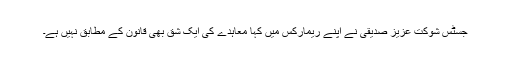
جسٹس شوکت عزیز صدیقی نے اپنے ریمارکس میں کہا معاہدے کی ایک شق بھی قانون کے مطابق نہیں ہے۔